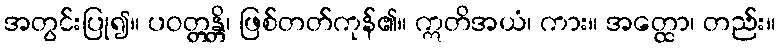
အတွင်းပြု၍။ ပဝတ္တန္တိ၊ ဖြစ်တတ်ကုန်၏။ ဣတိအယံ၊ ကား။ အတ္ထော၊ တည်း။